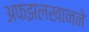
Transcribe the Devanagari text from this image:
अफझलखानने